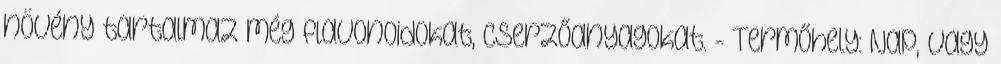
növény tartalmaz még flavonoidokat, cserzőanyagokat. - Termőhely: Nap, vagy